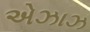
એઝાઝ